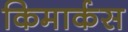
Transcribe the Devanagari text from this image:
किमार्कस